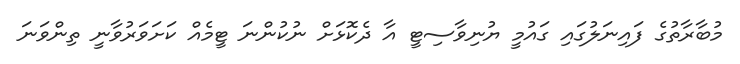
މުބާރާތުގެ ފައިނަލުގައި ގައުމީ ޔުނިވާސިޓީ އާ ދެކޮޅަށް ނުކުންނަ ޓީމެއް ކަށަވަރުވާނީ ތިންވަނަ